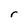
Character: r